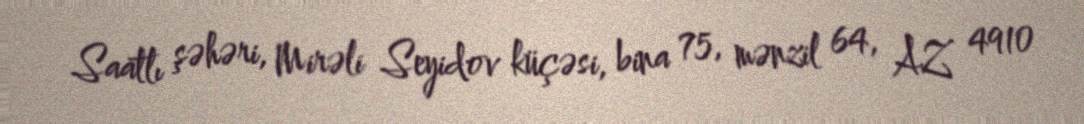
Saatlı şəhəri, Mirəli Seyidov küçəsi, bina 75, mənzil 64, AZ 4910